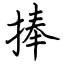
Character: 捧